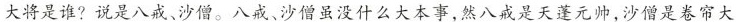
大将是谁?说是八戒、沙僧。八戒、沙僧虽没什么大本事，然八成是天蓬元帅，沙僧是卷帘大